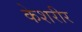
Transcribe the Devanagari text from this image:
केशरीर